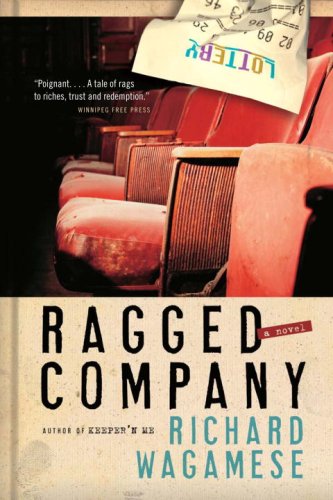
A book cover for Ragged Company; Richard Wagamese; Literature & Fiction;